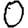
Digit: 0